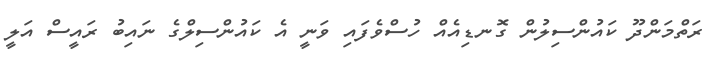
ރަތްމަންދޫ ކައުންސިލުން ގޮނޑިއެއް ހުސްވެފައި ވަނީ އެ ކައުންސިލްގެ ނައިބު ރައީސް އަލީ